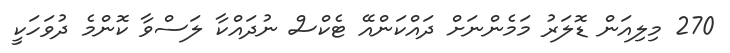
270 މިލިއަން ޑޮލަރު މަމެންނަށް ދައްކަންއޭ ޓެކްސް ނުދައްކާ ލަސްވާ ކޮންމެ ދުވަހަކީ